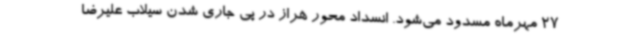
27 مهرماه مسدود می‌شود. انسداد محور هراز در پی جاری شدن سیلاب علیرضا